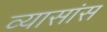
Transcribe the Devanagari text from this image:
व्यासांस